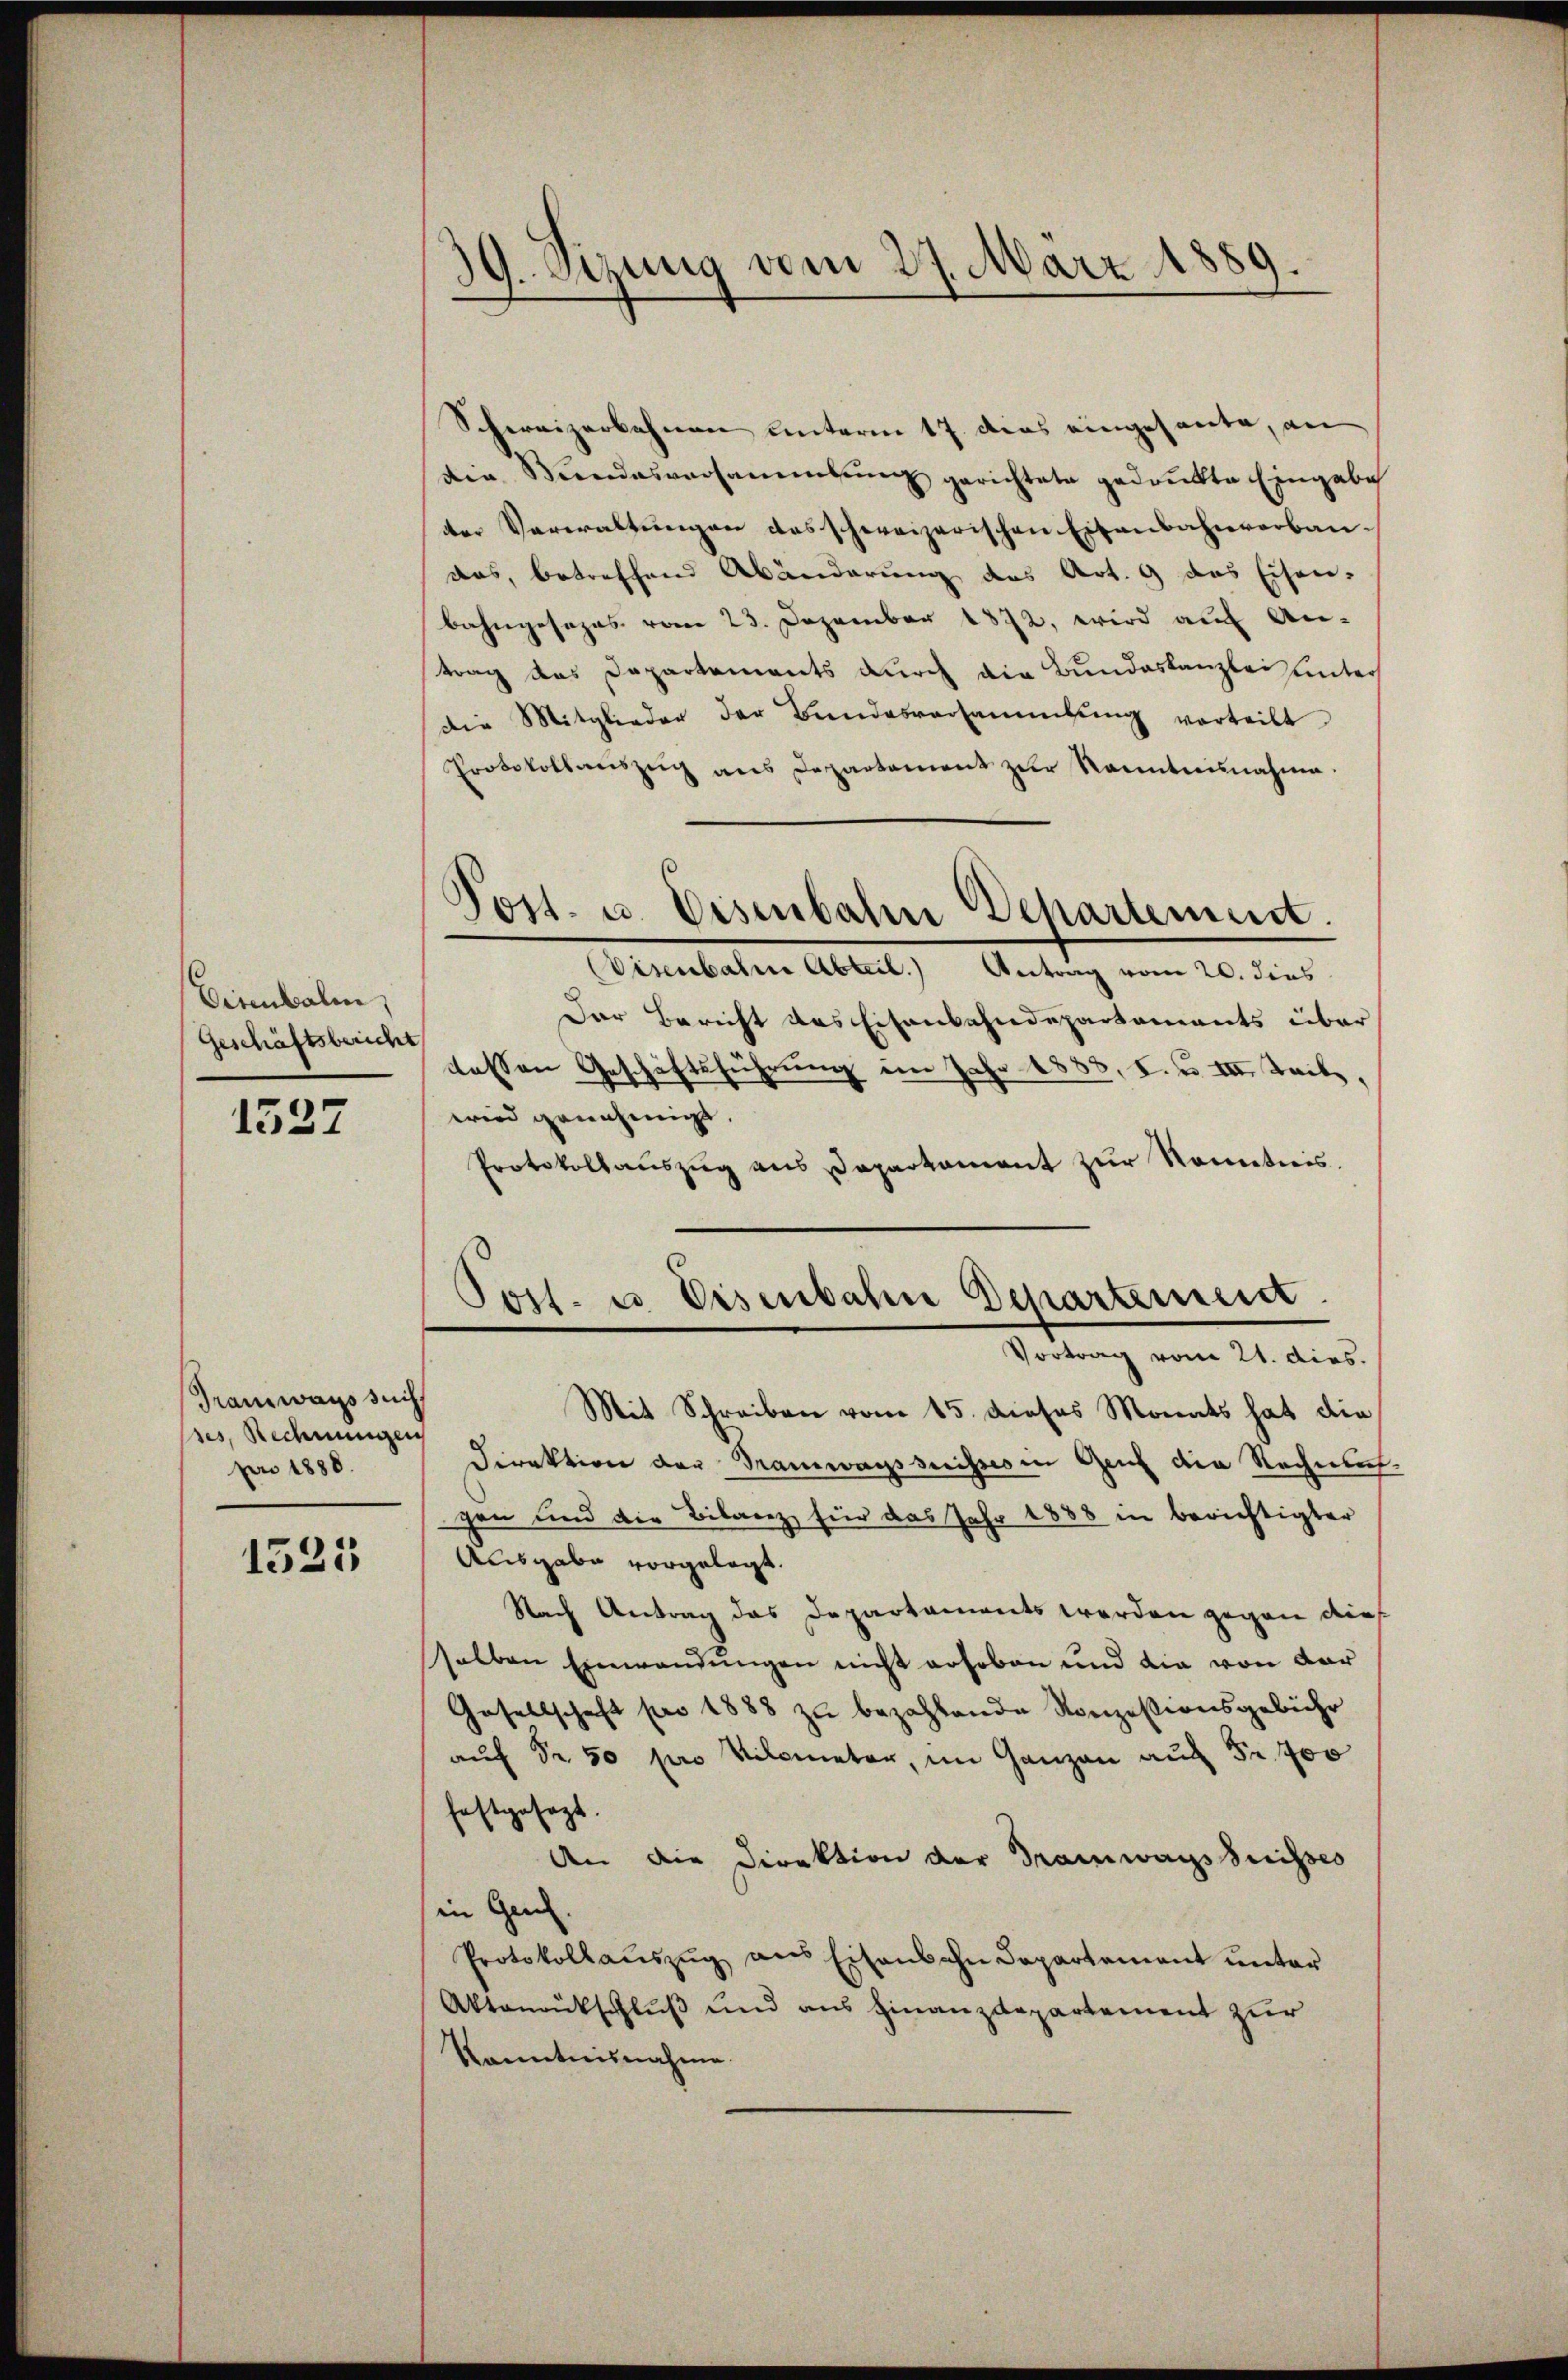
Eisenbahn,
Geschäftsbericht

1537

Tramwagssuc
pes, Rechnungen
pro 1888.

1525

39. Sizung vom 27. März 1889.

Schereizerbahnen unterm 17. dies eingesante, an
den Beendesversammlung gerichtete gedrukte Eingabe
ter Verwaltungen des schweizerischen Eisenbahnverbau-
das, betreffend Abänderung des Art. 9 das Eisen-
bahngesezes vom 23. Dezember 1872, wird auf An-
trag das Departements durch die Bundeskanzlei unters
die Mitglieder der Bundesversammlung verteilt
Protokollaŭszŭg ans Departement zŭr Kenntnisnahme.
Visenbahne Abteil. Antrag vom 20. dies
Der Bericht des Eisenbahndepartements über
dessen Geschäftsführung im Jahr 1883, I. u. III. Trib
wird genehmigt.
Protokollauszug aus Departament zur Sonntnis,
Post. u. Eisenbahn Departement.
Vortrag vom 21. dies.
Mit Schreiben vom 15. dieses Monats hat die
Direktion der Tramwagssuisses in Genf die Rechnung
gen und die Bilanz, für das Jahr 1888 in berichtigter
Ausgabe vorgelegt.
Nach Antrag das Departaments werden gegen dies
selben Einwendungen nicht erhoben und die von dar
Gesellschaft pro 1888 zu bezahlende Konzessionsgebühr
auf Fr. 50 pro Kilometer, im Ganzen auf Fr. 700
festgesezt.
An die Direktion der Tramwagsbrisses
in Genf.
Protokollauszug aus Eisenbahn Departement unter
Aktanrückschluß und aus Finanzdepartement zur
Kanntnisnahme.

Post- u. Eisenbahn Behartement.